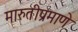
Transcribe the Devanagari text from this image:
मारुतीप्रमाणे